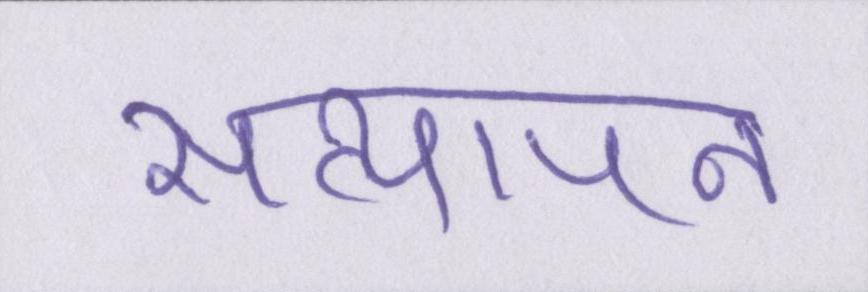
सत्यापन